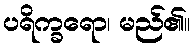
ပရိက္ခရော၊ မည်၏။